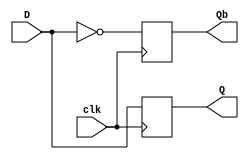
module dff(D,clk,Q,Qb);
  input D,clk;
  output Q,Qb;
  reg Q,Qb;

  always @(posedge clk)
  begin
    Q<=D;
    Qb<=(~D);
  end
endmodule